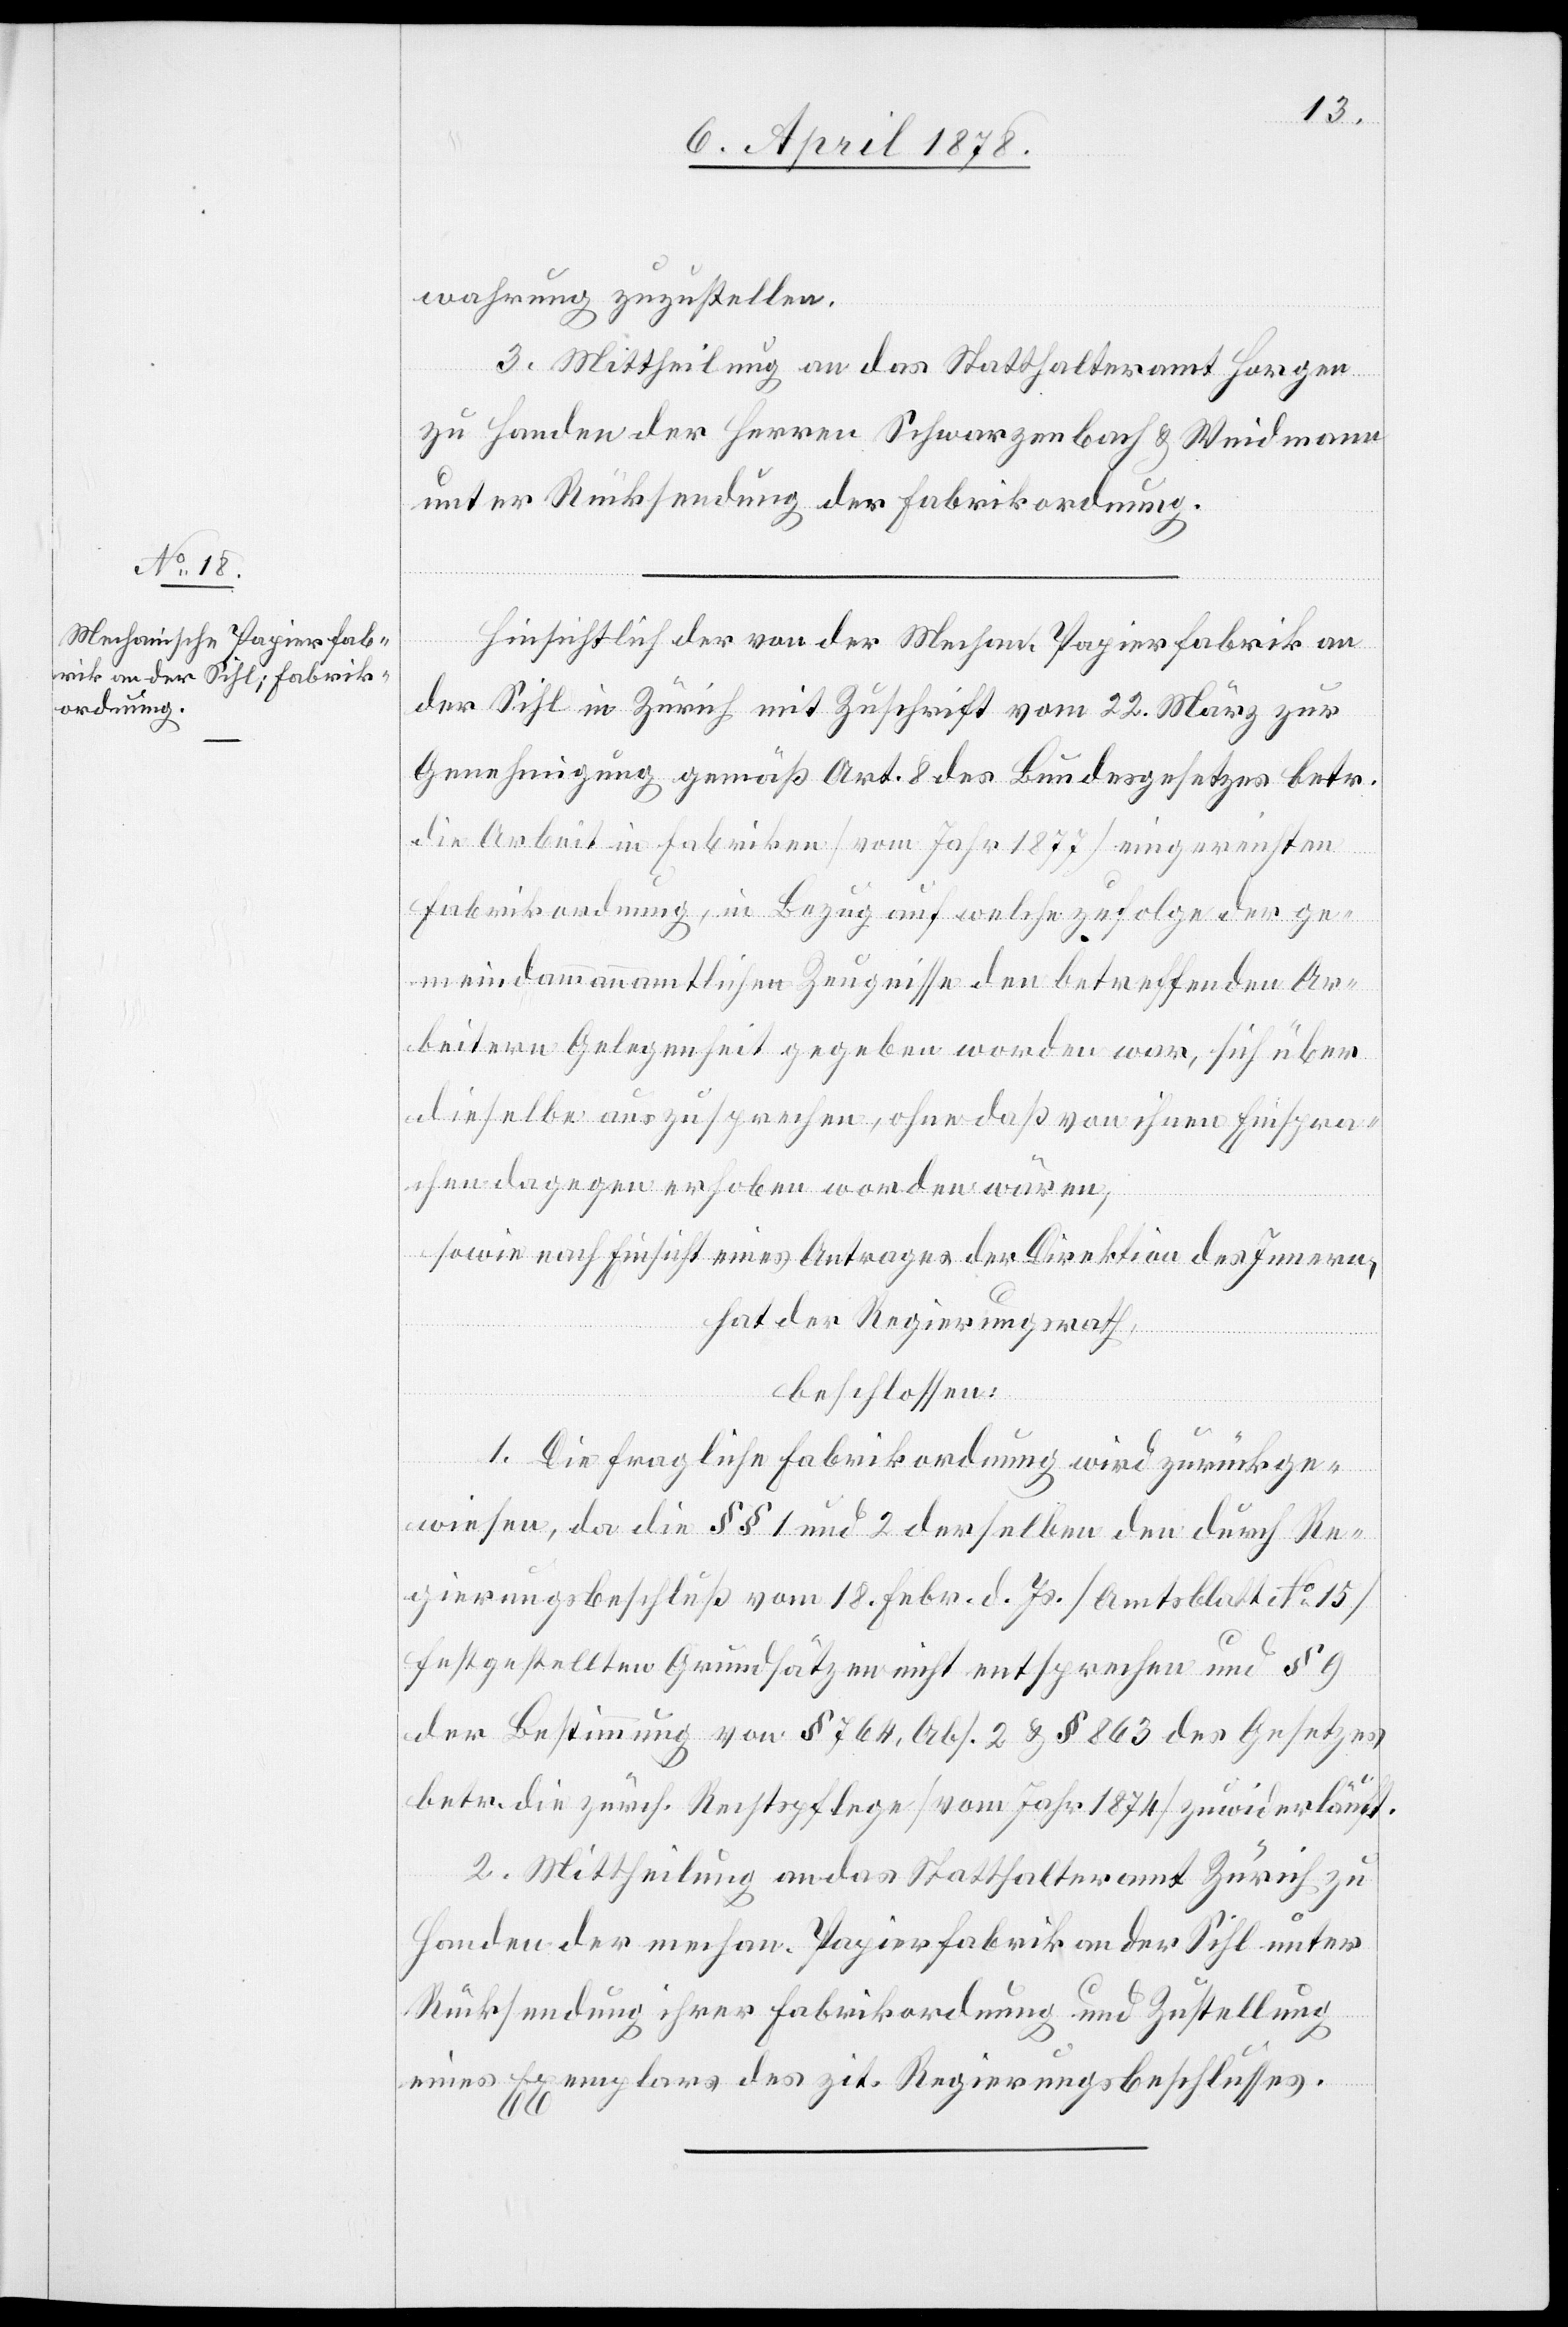
wahrung zuzustellen.
3. Mittheilung an das Statthalteramt Horgen
zu Handen der Herren Schwarzenbach & Weidmann
unter Rücksendung ihrer Fabrikordnung.
Hinsichtlich der von der Mechan. Papierfabrik an
der Sihl in Zürich mit Zuschrift vom 22. März zur
Genehmigung gemäß Art. 8 des Bundesgesetzes betr.
die Arbeit in Fabriken (vom Jahr 1877) eingereichten
Fabrikordnung, in Bezug auf welche zufolge der ge¬
meindammannamtlichen Zeugnisse den betreffenden Ar¬
beitern Gelegenheit gegeben worden war, sich über
dieselbe auszusprechen, ohne daß von ihnen Einspra¬
chen dagegen erhoben worden wären;
sowie nach Einsicht eines Antrages der Direktion des Innern,
hat der Regierungsrath,
beschlossen:
1. Die fragliche Fabrikordnung wird zurückge¬
wiesen, da die §§ 1 und 2 derselben den durch Re¬
gierungsbeschluß vom 18. Febr. d. Js. (Amtsblatt No 15)
festgestellten Grundsätzen nicht entsprechen und § 9
der Bestimmung von § 764, Abs. 2 & § 863 des Gesetzes
betr. die zürch. Rechtspflege (vom Jahr 1874) zuwiderläuft.
2. Mittheilung an das Statthalteramt Zürich zu
Handen der mechan. Papierfabrik an der Sihl unter
Rücksendung ihrer Fabrikordnung und Zustellung
eines Exemplars des zit. Regierungsbeschlusses.